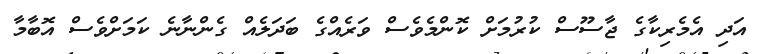
އަދި އެމެރިކާގެ ޖާސޫސް ކުރުމަށް ކޮންމެވެސް ވަރެއްގެ ބަދަލެއް ގެންނާނެ ކަމަށްވެސް އޮބާމާ